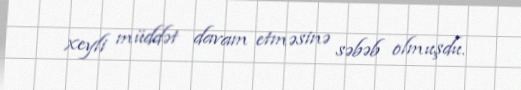
xeyli müddət davam etməsinə səbəb olmuşdu.